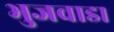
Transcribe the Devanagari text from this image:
भुजवाडा